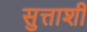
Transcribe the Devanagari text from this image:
सुत्ताशी